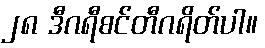
၂၈ ဒီဂရီစင်တီဂရိတ်ပါ။